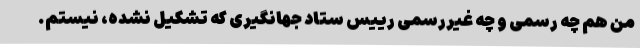
من هم چه رسمی و چه غیررسمی رییس ستاد جهانگیری که تشکیل نشده، نیستم.